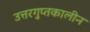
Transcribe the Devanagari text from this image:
उत्तरगुप्तकालीन